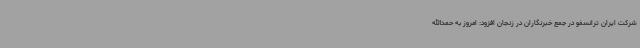
شرکت ایران ترانسفو در جمع خبرنگاران در زنجان افزود: امروز به حمدالله